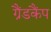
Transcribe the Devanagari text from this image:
ग्रैंडकैंप